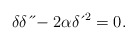
\begin{align*}\delta \delta \,\acute{}\,\acute{}-2\alpha \delta \,\acute{}\,^{2}=0. \end{align*}